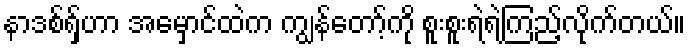
နာဒစ်ရှ်ဟာ အမှောင်ထဲက ကျွန်တော့်ကို စူးစူးရဲရဲကြည့်လိုက်တယ်။